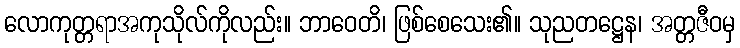
လောကုတ္တရာအကုသိုလ်ကိုလည်း။ ဘာဝေတိ၊ ဖြစ်စေသေး၏။ သုညတဋ္ဌေန၊ အတ္တဇီဝမှ